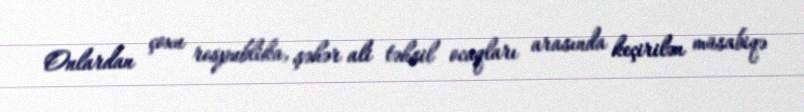
Onlardan çoxu respublika, şəhər ali təhsil ocaqları arasında keçirilən müsabiqə